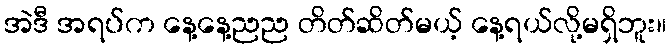
အဲဒီ အရပ်က နေ့နေ့ညည တိတ်ဆိတ်မယ့် နေ့ရယ်လို့မရှိဘူး။